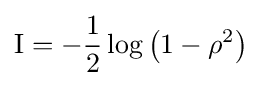
\operatorname {I} =-{\frac {1}{2}}\log \left(1-\rho ^{2}\right)